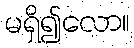
မရှိ၍လော။